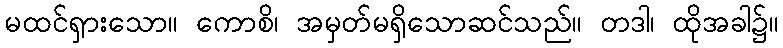
မထင်ရှားသော။ ကောစိ၊ အမှတ်မရှိသောဆင်သည်။ တဒါ၊ ထိုအခါ၌။